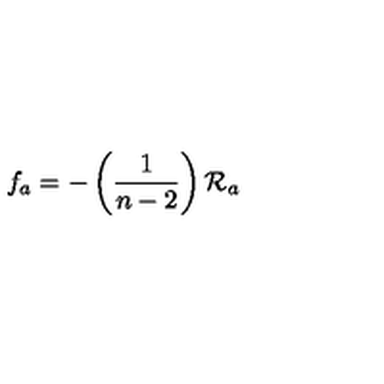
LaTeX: f _ { a } = - \left( \frac { 1 } { n - 2 } \right) \mathcal { R } _ { a }